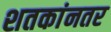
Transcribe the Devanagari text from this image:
शतकांनतर